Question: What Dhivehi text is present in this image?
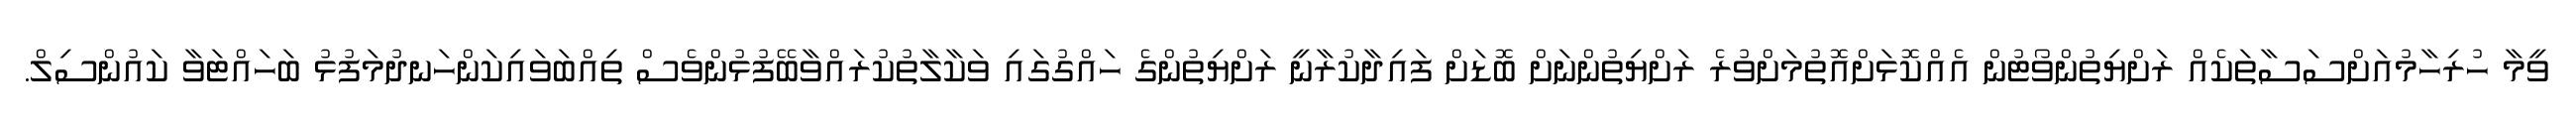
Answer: ވީމާ ހުރިހާމުއަށްސަސާތަކެއް ރަށްޔިތުންވޯޓުން އެއްކޮޅަށްއޮތުމަށްވުރެ ރަށްޔިތުންނަށް ބޮޑަށް ފައިދާކުރާނީ ރަށްޔިތުންގެ ހައްގުގައި ވަކާލާތުކުރައްވާބޭފުޅުންވެސް ތިއްބަވައިކަންހަނދުމަފުޅު ބަހައްޓަވާ ކައުންސިލް.